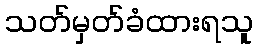
သတ်မှတ်ခံထားရသူ